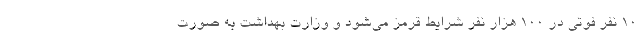
10 نفر فوتی در 100 هزار نفر شرایط قرمز می‌شود و وزارت بهداشت به صورت